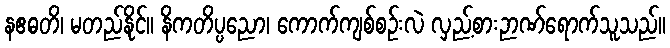
နဧဓတိ၊ မတည်နိုင်။ နိကတိပ္ပညော၊ ကောက်ကျစ်စဉ်းလဲ လှည့်စားဉာဏ်ရောက်သူသည်။